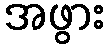
အဖွား